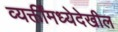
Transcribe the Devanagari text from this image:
व्यक्तींमध्येदेखील